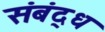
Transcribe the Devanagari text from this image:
संबंद्‌ध